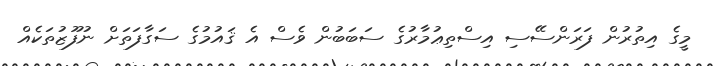
މީގެ އިތުރުން ފަރަންސޭސި އިސްތިޢުމާރުގެ ސަބަބުން ވެސް އެ ޤައުމުގެ ސަގާފަތަށް ނުފޫޒުތަކެއް